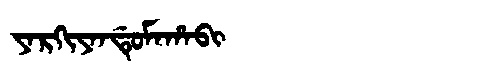
Manchu: ᠶᠠᡵᡴᡳᠶᠠᠨᡩᡠᠮᠠᡥᠠᠪᡳ
Romanization: YARKIYANDUMAHABI